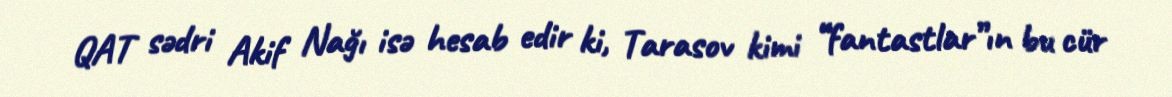
QAT sədri Akif Nağı isə hesab edir ki, Tarasov kimi “fantastlar”ın bu cür